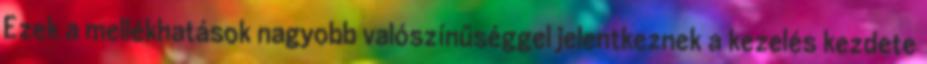
Ezek a mellékhatások nagyobb valószínűséggel jelentkeznek a kezelés kezdete